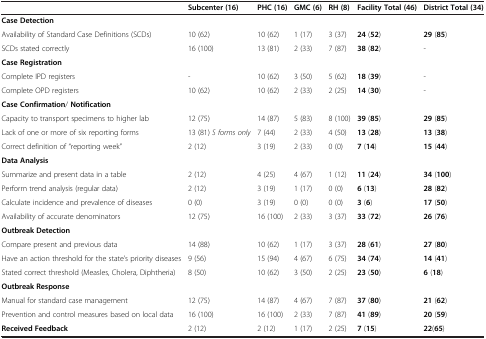
<table><thead><tr><td><b> </b></td><td><b>Subcenter (16)</b></td><td><b>PHC (16)</b></td><td><b>GMC (6)</b></td><td><b>RH (8)</b></td><td><b>Facility Total (46)</b></td><td><b>District Total (34)</b></td></tr></thead><tbody><tr><td><b>Case Detection</b></td><td> </td><td> </td><td> </td><td> </td><td> </td><td> </td></tr><tr><td>Availability of Standard Case Definitions (SCDs)</td><td>10 (62)</td><td>10 (62)</td><td>1 (17)</td><td>3 (37)</td><td><b>24</b> (<b>52</b>)</td><td><b>29</b> (<b>85</b>)</td></tr><tr><td>SCDs stated correctly</td><td>16 (100)</td><td>13 (81)</td><td>2 (33)</td><td>7 (87)</td><td><b>38</b> (<b>82</b>)</td><td>-</td></tr><tr><td><b>Case Registration</b></td><td> </td><td> </td><td> </td><td> </td><td> </td><td> </td></tr><tr><td>Complete IPD registers</td><td>-</td><td>10 (62)</td><td>3 (50)</td><td>5 (62)</td><td><b>18</b> (<b>39</b>)</td><td>-</td></tr><tr><td>Complete OPD registers</td><td>10 (62)</td><td>10 (62)</td><td>2 (33)</td><td>2 (25)</td><td><b>14</b> (<b>30</b>)</td><td>-</td></tr><tr><td><b>Case Confirmation</b>/ <b>Notification</b></td><td> </td><td> </td><td> </td><td> </td><td> </td><td> </td></tr><tr><td>Capacity to transport specimens to higher lab</td><td>12 (75)</td><td>14 (87)</td><td>5 (83)</td><td>8 (100)</td><td><b>39</b> (<b>85</b>)</td><td><b>29</b> (<b>85</b>)</td></tr><tr><td>Lack of one or more of six reporting forms</td><td>13 (81) <i>S forms only</i></td><td>7 (44)</td><td>2 (33)</td><td>4 (50)</td><td><b>13</b> (<b>28</b>)</td><td><b>13</b> (<b>38</b>)</td></tr><tr><td>Correct definition of “reporting week”</td><td>2 (12)</td><td>3 (19)</td><td>2 (33)</td><td>0 (0)</td><td><b>7</b> (<b>14</b>)</td><td><b>15</b> (<b>44</b>)</td></tr><tr><td><b>Data Analysis</b></td><td> </td><td> </td><td> </td><td> </td><td> </td><td> </td></tr><tr><td>Summarize and present data in a table</td><td>2 (12)</td><td>4 (25)</td><td>4 (67)</td><td>1 (12)</td><td><b>11</b> (<b>24</b>)</td><td><b>34</b> (<b>100</b>)</td></tr><tr><td>Perform trend analysis (regular data)</td><td>2 (12)</td><td>3 (19)</td><td>1 (17)</td><td>0 (0)</td><td><b>6</b> (<b>13</b>)</td><td><b>28</b> (<b>82</b>)</td></tr><tr><td>Calculate incidence and prevalence of diseases</td><td>0 (0)</td><td>3 (19)</td><td>0 (0)</td><td>0 (0)</td><td><b>3</b> (<b>6</b>)</td><td><b>17</b> (<b>50</b>)</td></tr><tr><td>Availability of accurate denominators</td><td>12 (75)</td><td>16 (100)</td><td>2 (33)</td><td>3 (37)</td><td><b>33</b> (<b>72</b>)</td><td><b>26</b> (<b>76</b>)</td></tr><tr><td><b>Outbreak Detection</b></td><td> </td><td> </td><td> </td><td> </td><td> </td><td> </td></tr><tr><td>Compare present and previous data</td><td>14 (88)</td><td>10 (62)</td><td>1 (17)</td><td>3 (37)</td><td><b>28</b> (<b>61</b>)</td><td><b>27</b> (<b>80</b>)</td></tr><tr><td>Have an action threshold for the state’s priority diseases</td><td>9 (56)</td><td>15 (94)</td><td>4 (67)</td><td>6 (75)</td><td><b>34</b> (<b>74</b>)</td><td><b>14</b> (<b>41</b>)</td></tr><tr><td>Stated correct threshold (Measles, Cholera, Diphtheria)</td><td>8 (50)</td><td>10 (62)</td><td>3 (50)</td><td>2 (25)</td><td><b>23</b> (<b>50</b>)</td><td><b>6</b> (<b>18</b>)</td></tr><tr><td><b>Outbreak Response</b></td><td> </td><td> </td><td> </td><td> </td><td> </td><td> </td></tr><tr><td>Manual for standard case management</td><td>12 (75)</td><td>14 (87)</td><td>4 (67)</td><td>7 (87)</td><td><b>37</b> (<b>80</b>)</td><td><b>21</b> (<b>62</b>)</td></tr><tr><td>Prevention and control measures based on local data</td><td>16 (100)</td><td>16 (100)</td><td>2 (33)</td><td>7 (87)</td><td><b>41</b> (<b>89</b>)</td><td><b>20</b> (<b>59</b>)</td></tr><tr><td><b>Received Feedback</b></td><td>2 (12)</td><td>2 (12)</td><td>1 (17)</td><td>2 (25)</td><td><b>7</b> (<b>15</b>)</td><td><b>22</b>(<b>65</b>)</td></tr></tbody></table>